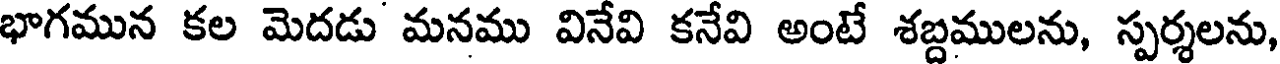
భాగమున కల మెదడు మనము వినేవి కనేవి అంటే శబ్దములను, స్పర్శలను,